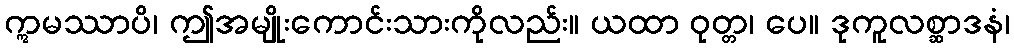
ဣမဿာပိ၊ ဤအမျိုးကောင်းသားကိုလည်း။ ယထာ ဝုတ္တ၊ ပေ။ ဒုကူလစ္ဆာဒနံ၊